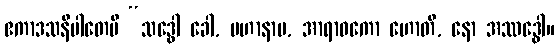
ဧကာဒသနိပါတေပိ “သဒ္ဓေါ ခေါ, မဟာနာမ, အာရာဓကော ဟောတိ, နော အဿဒ္ဓေါ။